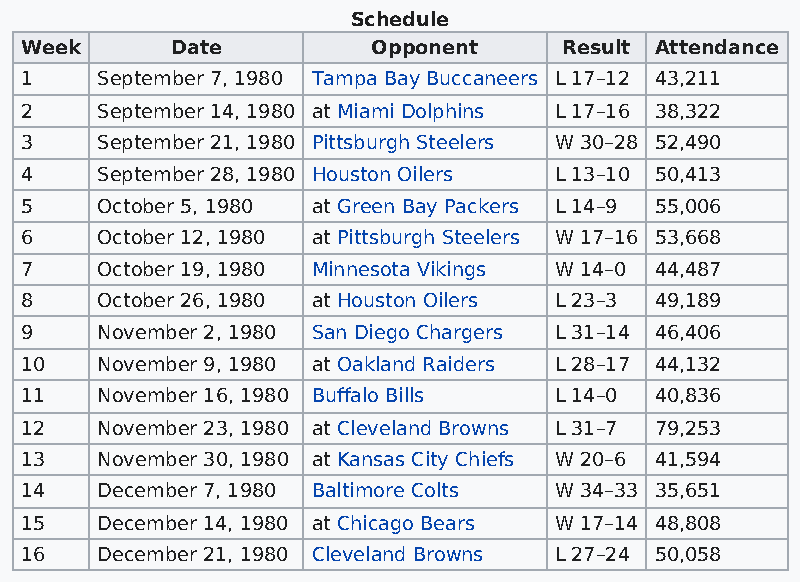
Schedule
 Week      Date          Opponent    Result Attendance
 1    September 7, 1980 Tampa Bay Buccaneers L 17–12 43,211
 2    September 14, 1980 at Miami Dolphins L 17–16 38,322
 3    September 21, 1980 Pittsburgh Steelers W 30–28 52,490
 4    September 28, 1980 Houston Oilers L 13–10 50,413
 5    October 5, 1980 at Green Bay Packers L 14–9 55,006
 6    October 12, 1980 at Pittsburgh Steelers W 17–16 53,668
 7    October 19, 1980 Minnesota Vikings W 14–0 44,487
 8    October 26, 1980 at Houston Oilers L 23–3 49,189
 9    November 2, 1980 San Diego Chargers L 31–14 46,406
 10   November 9, 1980 at Oakland Raiders L 28–17 44,132
 11   November 16, 1980 Buffalo Bills L 14–0 40,836
 12   November 23, 1980 at Cleveland Browns L 31–7 79,253
 13   November 30, 1980 at Kansas City Chiefs W 20–6 41,594
 14   December 7, 1980 Baltimore Colts W 34–33 35,651
 15   December 14, 1980 at Chicago Bears W 17–14 48,808
 16   December 21, 1980 Cleveland Browns L 27–24 50,058